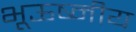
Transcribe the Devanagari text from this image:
भूऊष्मीय